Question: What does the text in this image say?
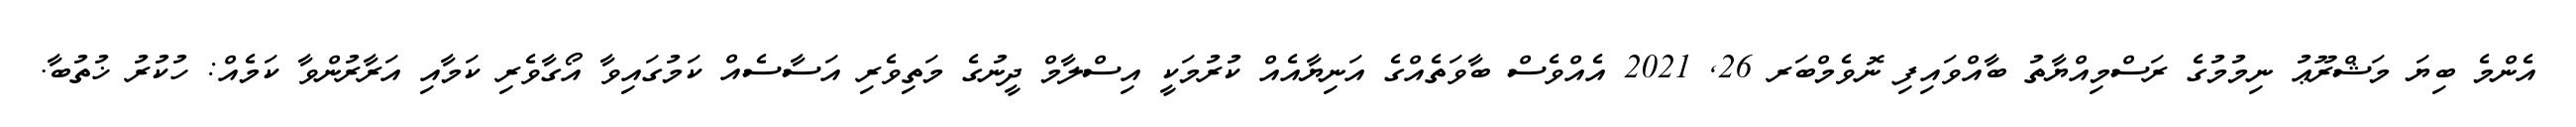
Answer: އެންމެ ބިޔަ މަޝްރޫޢު ނިމުމުގެ ރަސްމިއްޔާތު ބާއްވައިފި ނޮވެމްބަރ 26, 2021 އެއްވެސް ބާވަތެއްގެ އަނިޔާއެއް ކުރުމަކީ އިސްލާމް ދީނުގެ މަތިވެރި އަސާސެއް ކަމުގައިވާ އޯގާވެރި ކަމާއި އަރާރުންވާ ކަމެއް: ހުކުރު ޚުތުބާ.